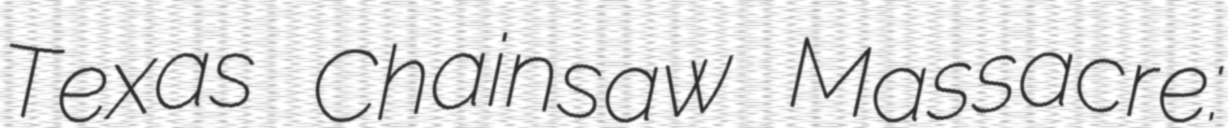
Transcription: Texas Chainsaw Massacre: